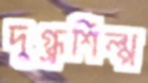
দুগ্ধশিল্প